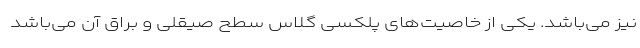
نیز می‌باشد. یکی از خاصیت‌های پلکسی گلاس سطح صیقلی و براق آن می‌باشد